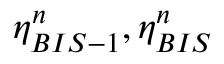
\eta _ { B I S - 1 } ^ { n } , \eta _ { B I S } ^ { n }